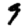
Digit: 9